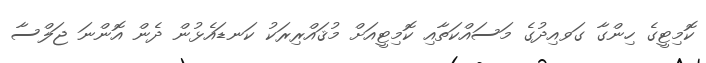
ކޮމިޓީގެ ހިންގާ ގަވއިދުގެ މަސައްކަތާއި ކޮމިޓީއަށް މުޤައްރިރަކު ކަނޑައެޅުން ދެން އޮންނަ ޖަލްސާ